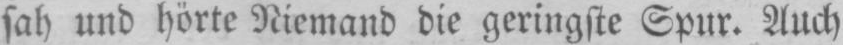
sah und hörte Niemand die geringste Spur. Auch